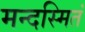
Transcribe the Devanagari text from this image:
मन्दस्मितं